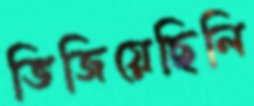
ভিজিয়েছিলি